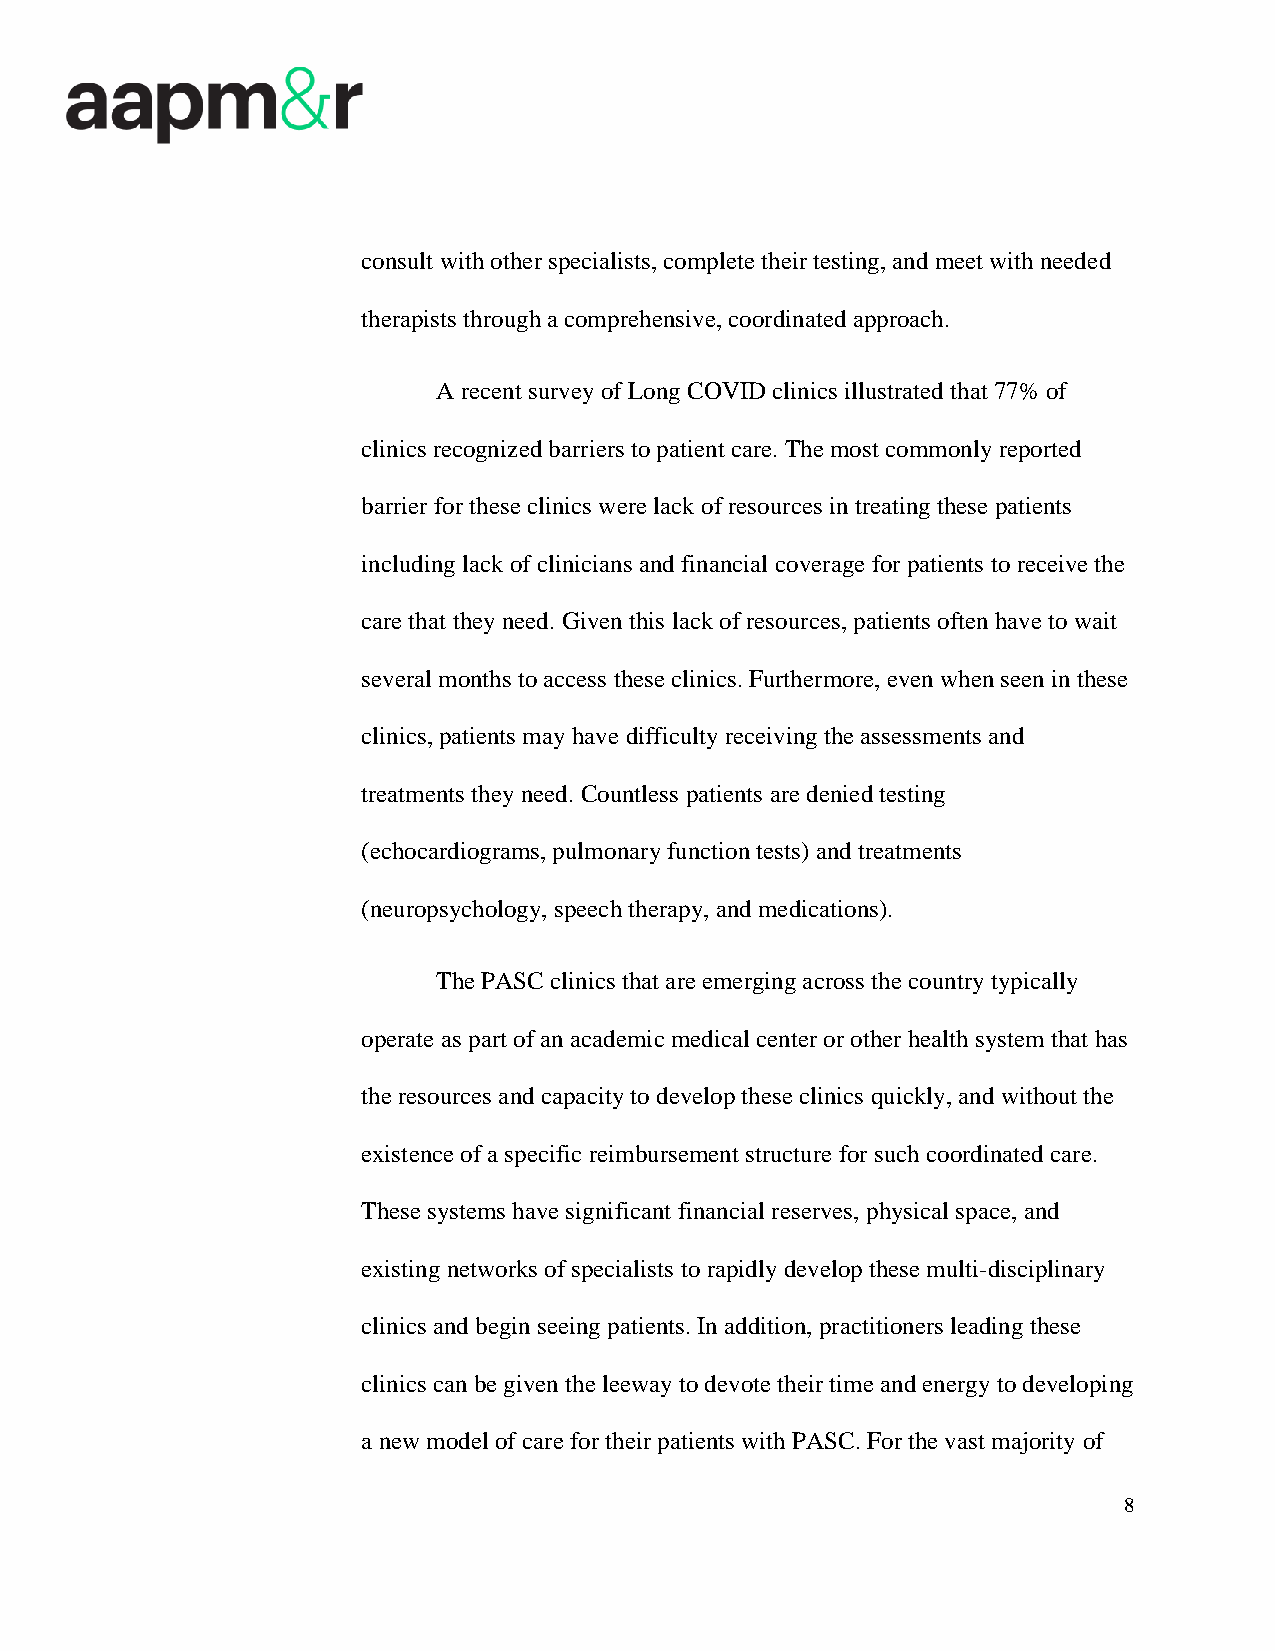
consult with other specialists, complete their testing, and meet with needed
 therapists through a comprehensive, coordinated approach.
 A recent survey of Long COVID clinics illustrated that 77% of
 clinics recognized barriers to patient care. The most commonly reported
 barrier for these clinics were lack of resources in treating these patients
 including lack of clinicians and financial coverage for patients to receive the
 care that they need. Given this lack of resources, patients often have to wait
 several months to access these clinics. Furthermore, even when seen in these
 clinics, patients may have difficulty receiving the assessments and
 treatments they need. Countless patients are denied testing
 (echocardiograms, pulmonary function tests) and treatments
 (neuropsychology, speech therapy, and medications).
 The PASC clinics that are emerging across the country typically
 operate as part of an academic medical center or other health system that has
 the resources and capacity to develop these clinics quickly, and without the
 existence of a specific reimbursement structure for such coordinated care.
 These systems have significant financial reserves, physical space, and
 existing networks of specialists to rapidly develop these multi-disciplinary
 clinics and begin seeing patients. In addition, practitioners leading these
 clinics can be given the leeway to devote their time and energy to developing
 a new model of care for their patients with PASC. For the vast majority of
 8